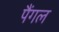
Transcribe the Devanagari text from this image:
पैंगल